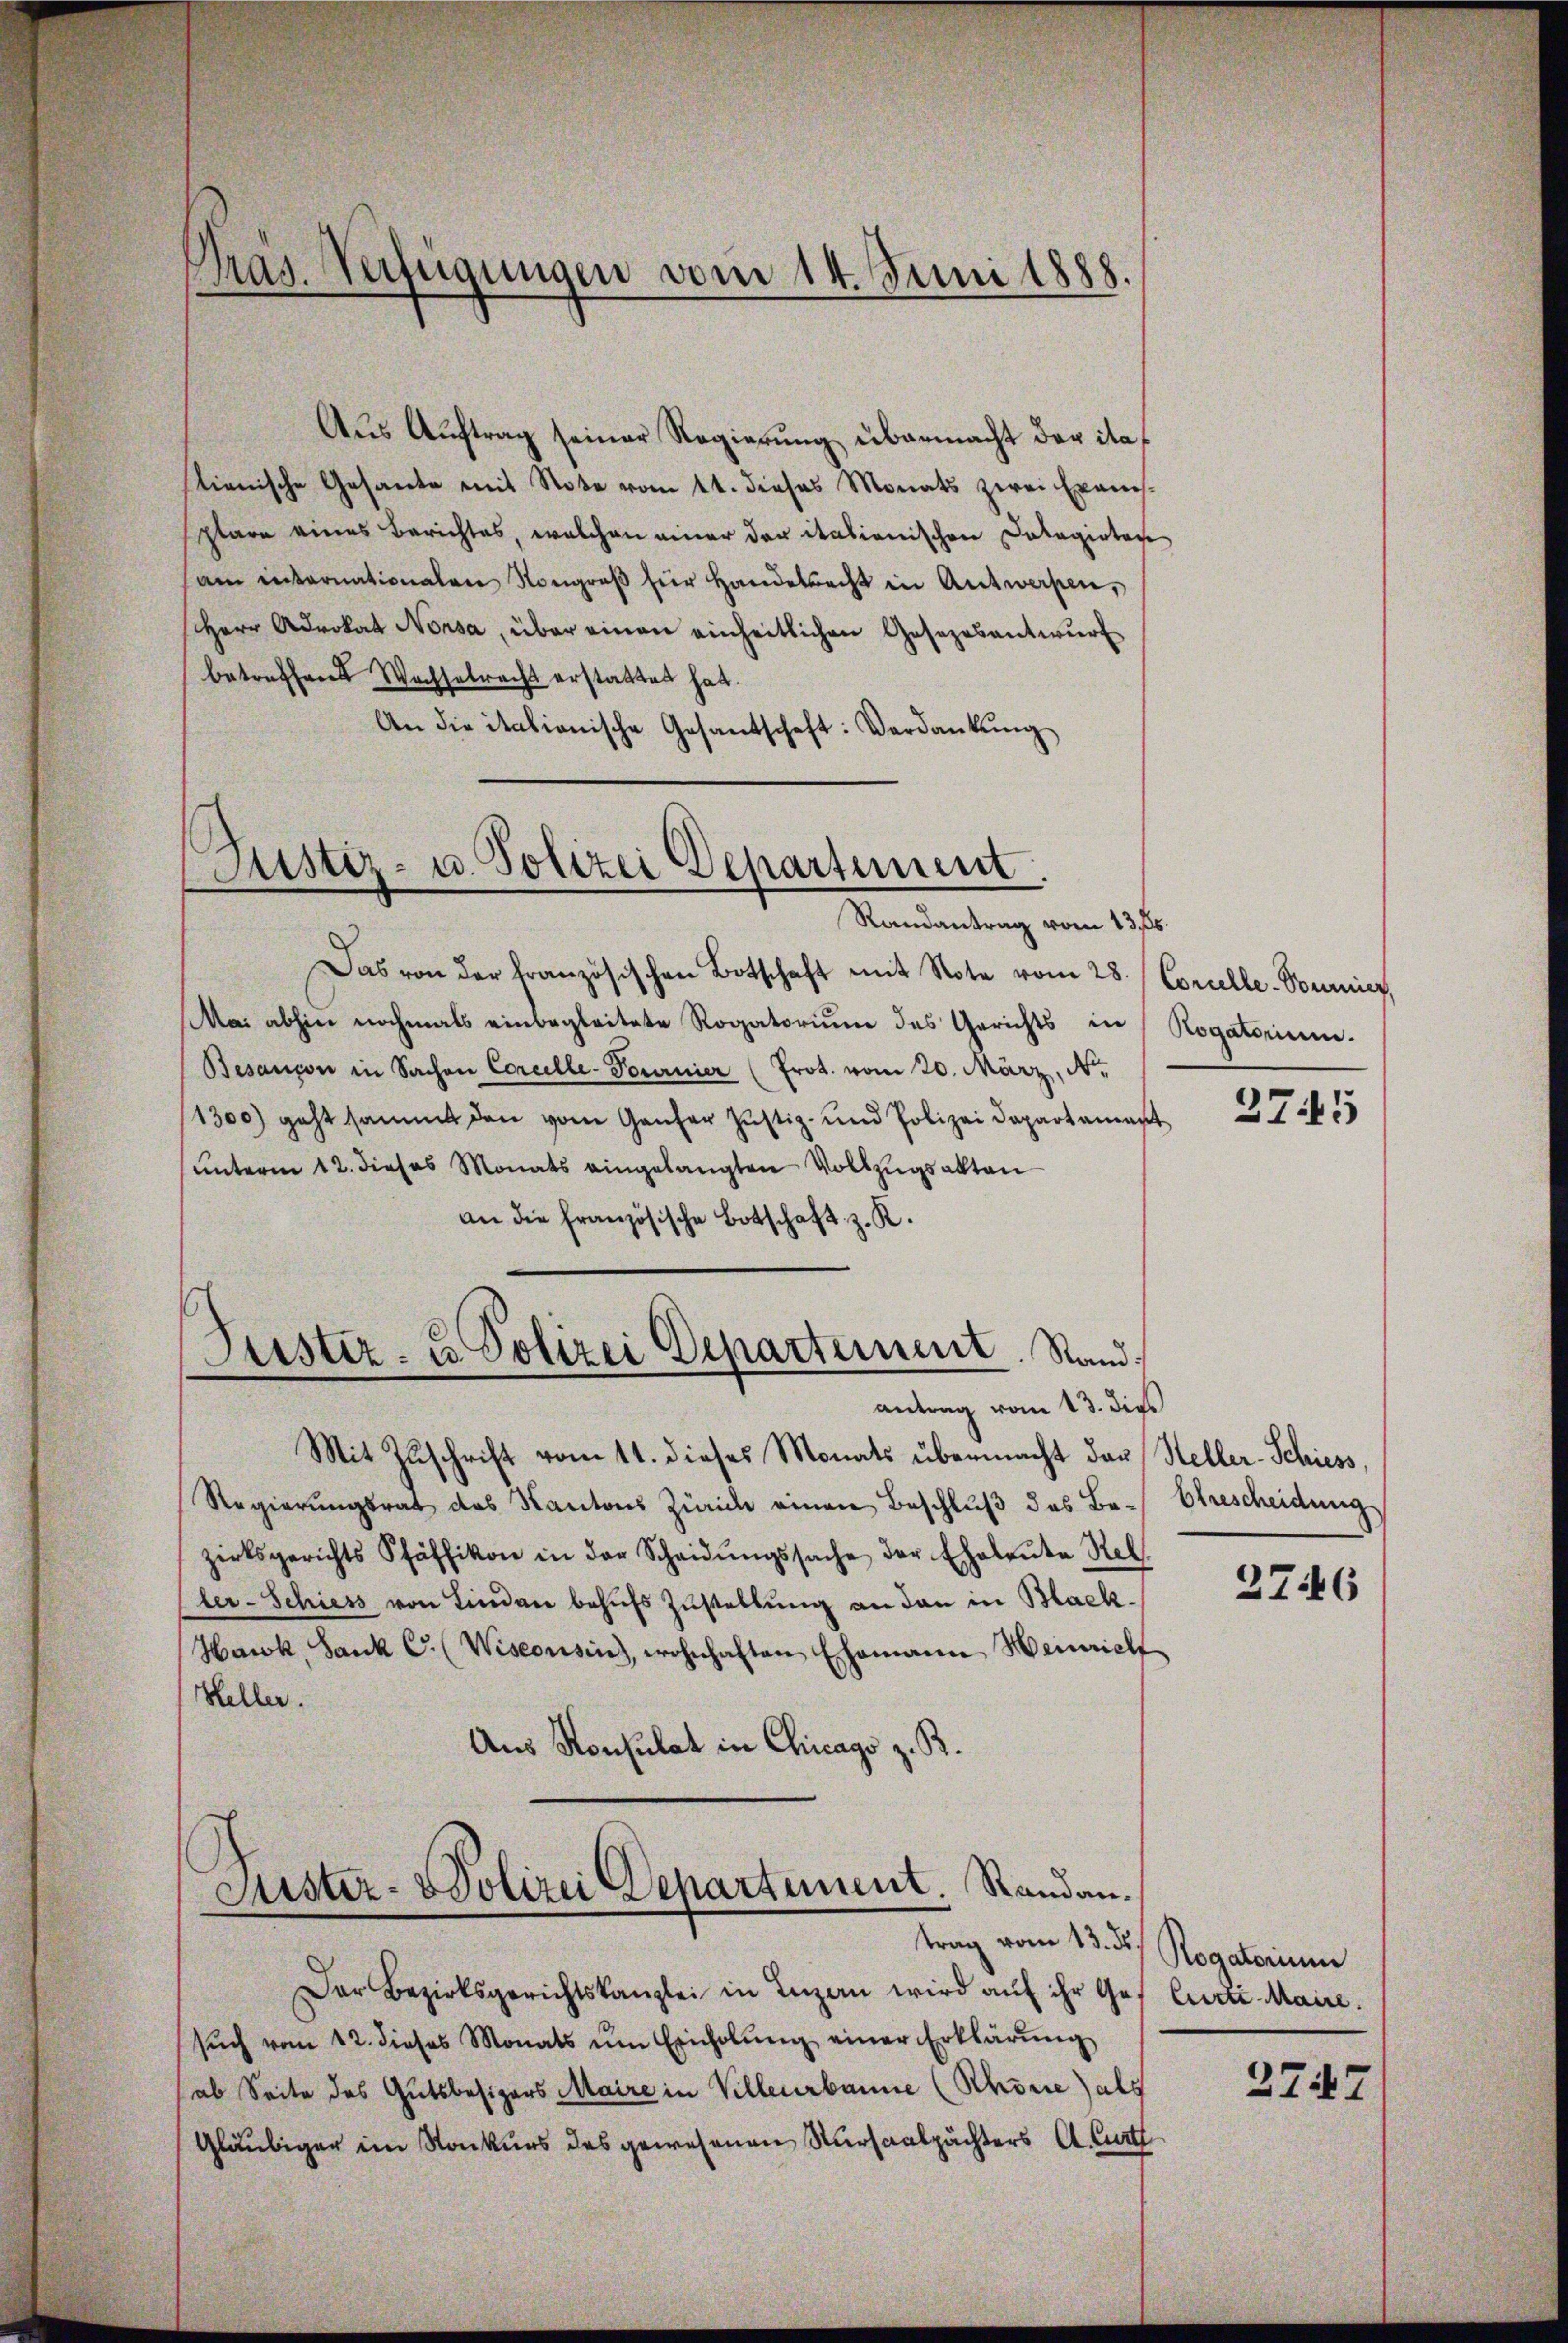
Präs. Verfügungen vom 14. Juni 1888.

Aŭs Aŭftrag seiner Regierŭng übermacht der itatienische Gesante mit Note vom 14. dieses Monats zwei Exams-
plare eines Berichtes, welchen einer der italienischen Dolagirten
am internationalen Kongraβ für Handesrecht in Antwerpen,
Herr Advokat Nonsa, über einen einheitlichen Gesezesantwurf
betreffend Wachselrecht erstattet hat.
An die italionische Gesantschaft: Verdankŭng

Justiz- u. Polizei Departement.
Randantrag vom 13. 26.

Das von der französischen Botschaft mit Note vom 28. Coralle-Tourier,
Mai abhin nochmals einbegleitete Rogatorium des Gerichts in Rogatorium.
Besançon in Sachen Corcelle-Fournier (Prot. vom 20. März, N.
1300) geht sammt den vom Genfer Justiz- und Polizei Departamant
unterm 12. dieses Monats eingelangten Vollzugsakten
an die französische Botschaft z. K.
Mit Zuschrift vom 11. dieses Monats übermacht der Heller-Schiess,
Regierŭngsrat das Kantons Zürich einen Beschlŭβ des Be- Ohrescheidung
zirksgerichts Pfäffikon in der Scheidŭngssache der Eheleŭte Kel
ler-Schiess von Lindau behufs Zustellung an den in Back¬
Hark, Sank C. (Wisconsin), wohnhaften Ehemann Heinrich
Heller.
Aus Konsulat in Chicago z. B.

Jüster- u Polizei Departement. Stand
antrag vom 13. dies

Suster- & Polizei Departement. Randantrag vom 13. ds.

Der Bezirksgerichtskanzlei in Inzan wird aŭf ihr Ges Curti. Maire.
sŭch vom 12. dieses Monats ŭm Einholŭng einer Erklärŭng
ab Seite des Gutsbesizers Maire in Villeurbanne (Rhone) als
Gläubiger im Konkurs des gewesenen Kursaalpächters A. Curt

2745

2746

Rogatorium

2747